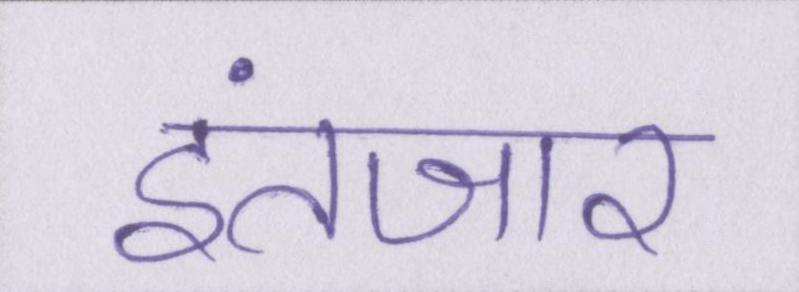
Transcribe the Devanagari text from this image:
इंतजार